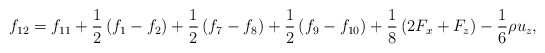
\begin{align*}{f_{12}} = {f_{11}} + \frac{1}{2}\left( {{f_1} - {f_2}} \right) + \frac{1}{2}\left( {{f_7} - {f_8}} \right) + \frac{1}{2}\left( {{f_9} - {f_{10}}} \right) + \frac{1}{8}\left( {2{F_x} + {F_z}} \right) - \frac{1}{6}\rho {u_z},\end{align*}